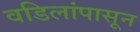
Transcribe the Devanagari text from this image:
वडिलांपासून